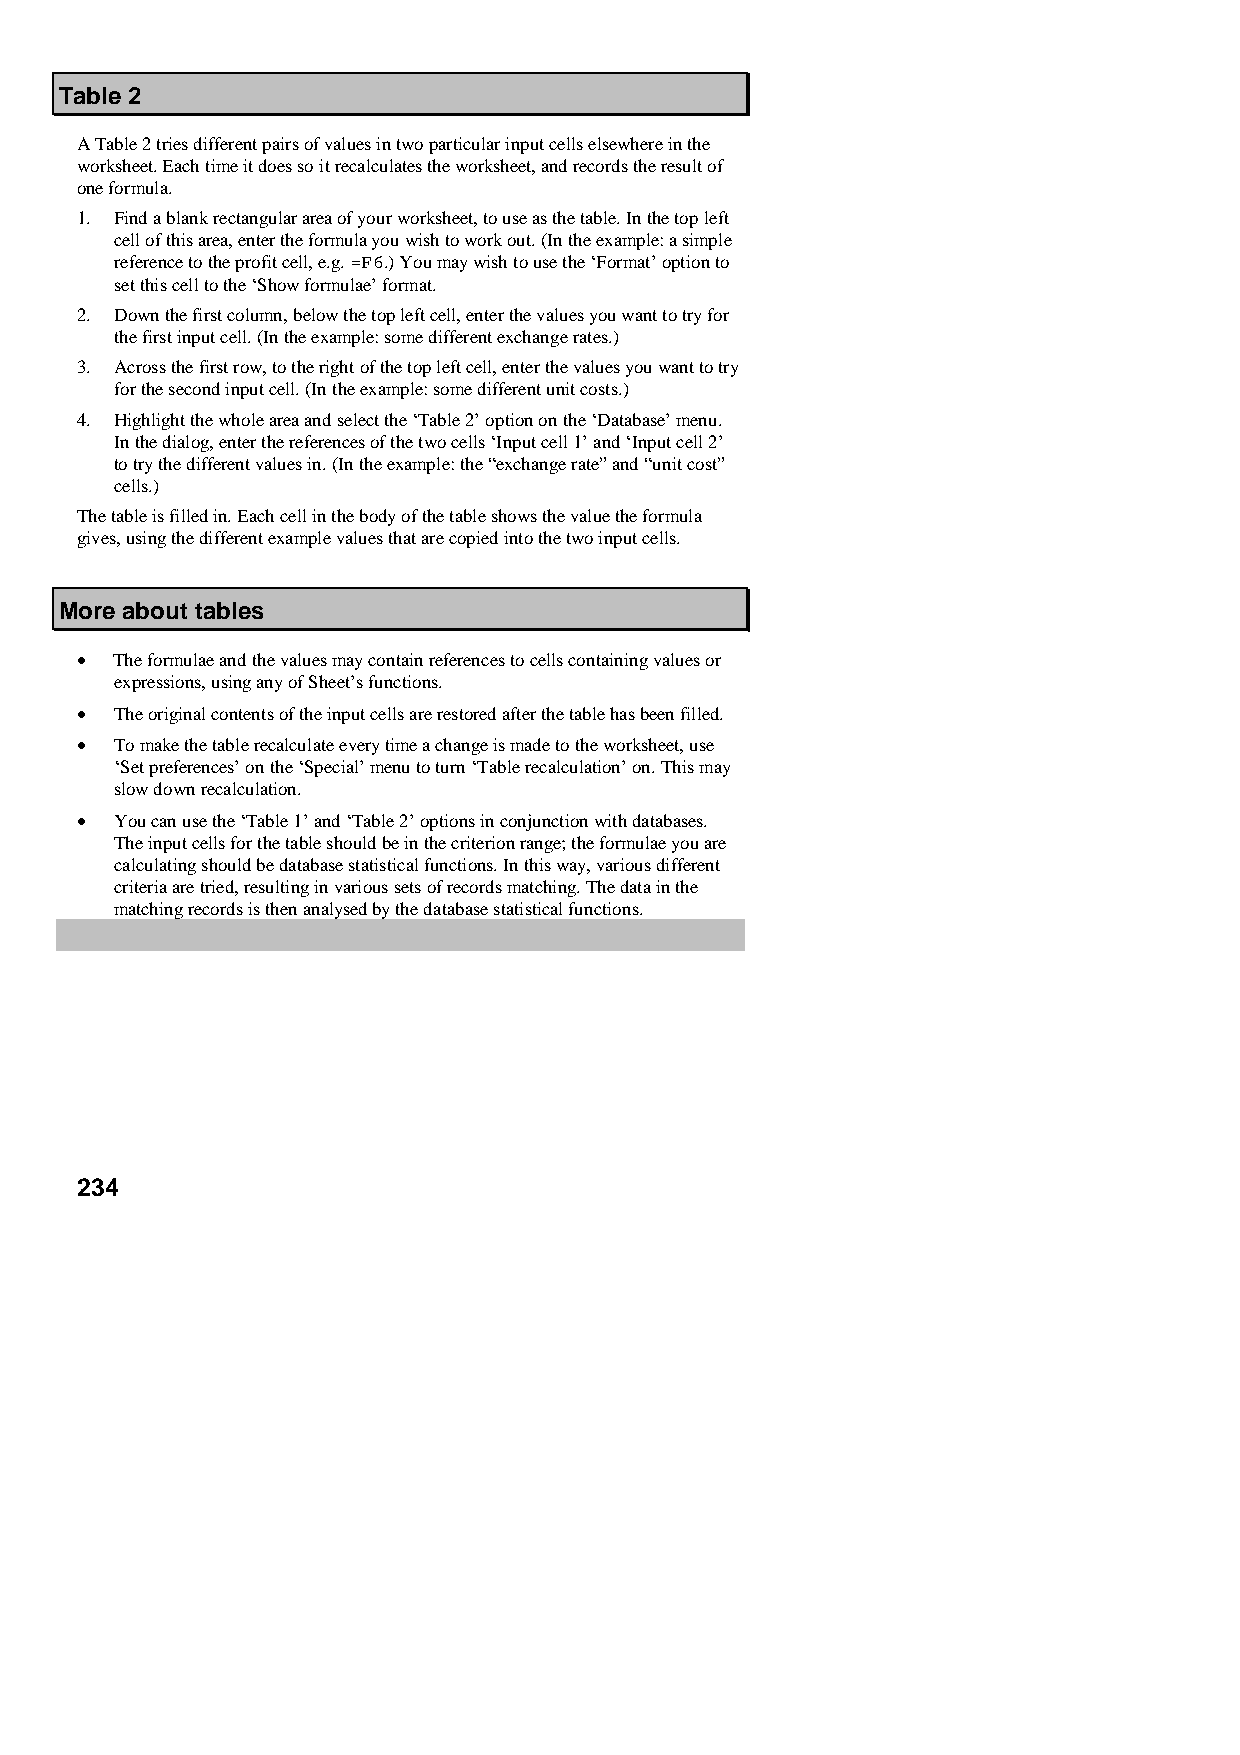
Table 2
 A Table 2 tries different pairs of values in two particular input cells elsewhere in the
 worksheet. Each time it does so it recalculates the worksheet, and records the result of
 one formula.
 1. Find a blank rectangular area of your worksheet, to use as the table. In the top left
 cell of this area, enter the formula you wish to work out. (In the example: a simple
 reference to the profit cell, e.g. =F6.) You may wish to use the ‘Format’ option to
 set this cell to the ‘Show formulae’ format.
 2. Down the first column, below the top left cell, enter the values you want to try for
 the first input cell. (In the example: some different exchange rates.)
 3. Across the first row, to the right of the top left cell, enter the values you want to try
 for the second input cell. (In the example: some different unit costs.)
 4. Highlight the whole area and select the ‘Table 2’ option on the ‘Database’ menu.
 In the dialog, enter the references of the two cells ‘Input cell 1’ and ‘Input cell 2’
 to try the different values in. (In the example: the “exchange rate” and “unit cost”
 cells.)
 The table is filled in. Each cell in the body of the table shows the value the formula
 gives, using the different example values that are copied into the two input cells.
 More about tables
 •  The formulae and the values may contain references to cells containing values or
 expressions, using any of Sheet’s functions.
 •  The original contents of the input cells are restored after the table has been filled.
 •  To make the table recalculate every time a change is made to the worksheet, use
 ‘Set preferences’ on the ‘Special’ menu to turn ‘Table recalculation’ on. This may
 slow down recalculation.
 •  You can use the ‘Table 1’ and ‘Table 2’ options in conjunction with databases.
 The input cells for the table should be in the criterion range; the formulae you are
 calculating should be database statistical functions. In this way, various different
 criteria are tried, resulting in various sets of records matching. The data in the
 matching records is then analysed by the database statistical functions.
 234